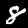
Digit: 8